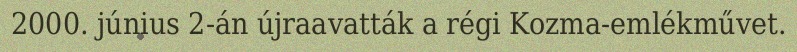
2000. június 2-án újraavatták a régi Kozma-emlékművet.